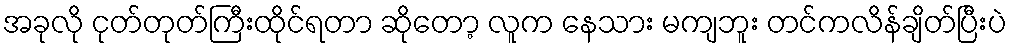
အခုလို ငုတ်တုတ်ကြီးထိုင်ရတာ ဆိုတော့ လူက နေသား မကျဘူး တင်ကလိန်ချိတ်ပြီးပဲ